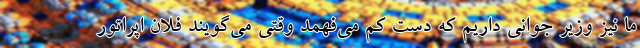
ما نیز وزیر جوانی داریم که دست کم می‌فهمد وقتی می‌گویند فلان اپراتور